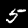
Label: 5